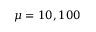
\mu = 1 0 , 1 0 0